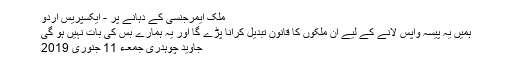
ملک ایمرجنسی کے دہانے پر - ایکسپریس اردو
ہمیں یہ پیسہ واپس لانے کے لیے ان ملکوں کا قانون تبدیل کرانا پڑے گا اور یہ ہمارے بس کی بات نہیں ہو گی
جاوید چوہدری جمعـء 11 جنوری 2019